Annual report of the Madras Medical College
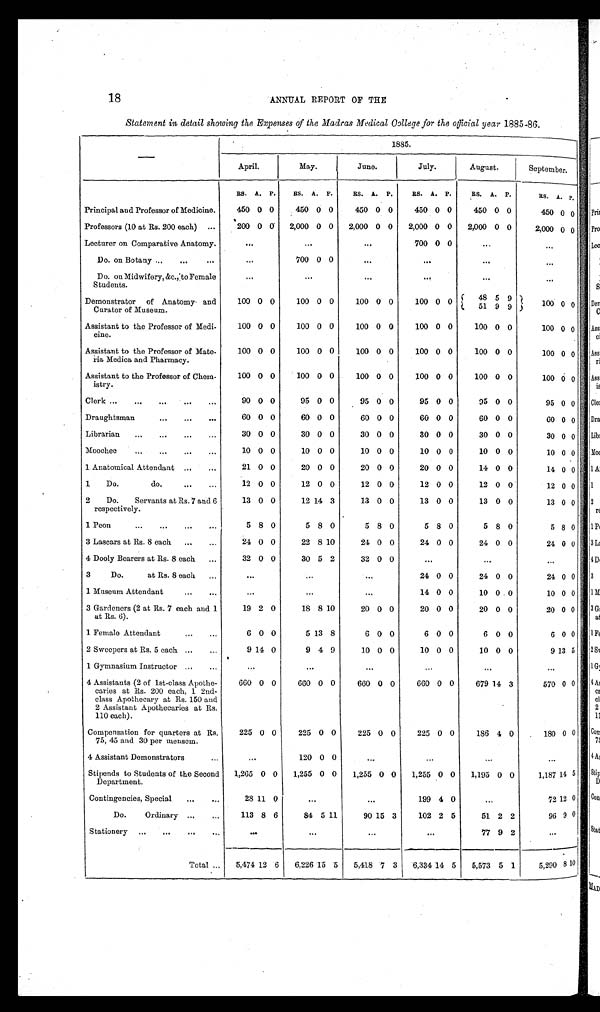
18
ANNUAL REPORT OF THE
Statement in detail showing the Expenses of the Madras Medical College for the official year 1885-86.
—
1885.
April.
May.
June.
July.
August.
September.
RS. A. P.
RS. A. P.
RS. A. P.
RS. A. P.
RS. A. P.
RS. A. P.
Principal and Professor of Medicine.
450 0 0
450 0 0
450 0 0
450 0 0
450 0 0
450 0 0
Professors (10 at Rs. 200 each) ...
200 0 0
2,000 0 0
2,000 0 0
2,000 0 0
2,000 0 0
2,000 0 0
Lecturer on Comparative Anatomy.
...
...
...
700 0 0
...
...
Do. on Botany ...
...
...
...
700 0 0
...
...
...
...
Do. on Midwifery, &c., to Female
Students.
...
...
...
...
...
...
Demonstrator of Anatomy and
Curator of Museum.
100 0 0
100 0 0
100 0 0
100 0 0 48 5 9
100 0 0
51 9 9
Assistant to the Professor of Medi-
c i n e .
100 0 0
100 0 0
100 0 0
100 0 0
100 0 0
100 0 0
Assistant to the Professor of Mate-
ria Medica and Pharmacy.
100 0 0
100 0 0
100 0 0
100 0 0
100 0 0
100 0 0
Assistant to the Professor of Chem-
istry.
100 0 0
100 0 0
100 0 0
100 0 0
100 0 0
100 0 0
Clerk ...
...
...
...
...
90 0 0
95 0 0
95 0 0
95 0 0
95 0 0
95 0 0
Draughtsman
...
...
...
60 0 0
60 0 0
60 0 0
60 0 0
60 0 0
60 0 0
Librarian
. . .
...
...
. . .
30 0 0
30 0 0
30 0 0
30 0 0
30 0 0
30 0 0
Moochee
...
...
...
...
10 0 0
10 0 0
10 0 0
10 0 0
10 0 0
10 0 0
1 Anatomical Attendant ...
...
21 0 0
20 0 0
20 0 0
20 0 0
14 0 0
14 0 0
1 Do. do.
...
...
12 0 0
12 0 0
12 0 0
12 0 0
12 0 0
12 0 0
2 Do. Servants at Rs. 7 and 6
respectively.
13 0 0
12 14 3
13 0 0
13 0 0
13 0 0
13 0 0
1 Peon
...
...
...
...
5 8 0
5 8 0
5 8 0
5 8 0
5 8 0
5 8 0
3 Lascars at Rs. 8 each ...
...
24 0 0
22 8 10
24 0 0
24 0 0
24 0 0
24 0 0
4 Dooly Bearers at Rs. 8 each ...
32 0 0
30 5 2
32 0 0
...
...
...
3 Do. at Rs. 8 each ...
...
...
...
24 0 0
24 0 0
24 0 0
1 Museum Attendant
...
...
...
...
...
14 0 0
10 0 0
10 0 0
3 Gardeners (2 at Rs. 7 each and 1
at Rs. 6).
19 2 0
18 8 10
20 0 0
20 0 0
20 0 0
20 0 0
1 Female Attendant
... ...
6 0 0
5 13 8
6 0 0
6 0 0
6 0 0
6 0 0
2 Sweepers at Rs. 5 each ...
...
9 14 0
9 4 9
10 0 0
10 0 0
10 0 0
9 13 5
1 Gymnasium Instructor ...
...
...
...
...
...
...
...
4 Assistants (2 of 1st-class Apothe-
caries at Rs. 200 each, 1 2nd-
class Apothecary at Rs. 150 and
2 Assistant Apothecaries at Rs.
110 each).
660 0 0
660 0 0
660 0 0
660 0 0
679 14 3
570 0 0
Compensation for quarters at Rs.
75, 45 and 30 per mensem.
225 0 0
225 0 0
225 0 0
225 0 0
186 4 0
180 0 0
4 Assistant Demonstrators
...
...
120 0 0
...
...
...
...
Stipends to Students of the Second
Department.
1,265 0 0
1,255 0 0
1,255 0 0
1,255 0 0
1,195 0 0
1,187 14 5
Contingencies, Special
...
...
28 11 0
...
...
199 4 0
...
72 12 0
Do. Ordinary ...
...
113 8 6
84 5 11
90 15 3
102 2 5
51 2 2
96 9 0
Stationery . . .
. . .
...
...
....
...
...
...
77 9 2
...
Total ...
5,474 12 6
6,226 15 5
5,418 7 3
6,334 14 5
5,573 5 1
5,290 8 10